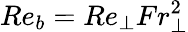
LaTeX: Re_{b}=Re_{\perp}Fr_{\perp}^{2}